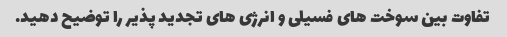
تفاوت بین سوخت های فسیلی و انرژی های تجدید پذیر را توضیح دهید.